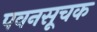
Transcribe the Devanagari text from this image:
पवनसूचक